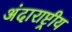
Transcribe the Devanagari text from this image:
अंदाराष्ट्रीय